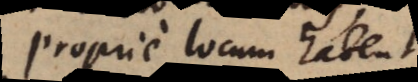
Proprie locum habent